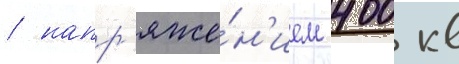
/ напр'яже́н'ием 400 кв